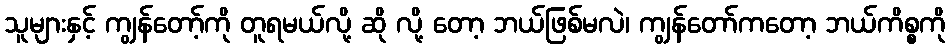
သူများနှင့် ကျွန်တော့်ကို တူရမယ်လို့ ဆို လို့ တော့ ဘယ်ဖြစ်မလဲ၊ ကျွန်တော်ကတော့ ဘယ်ကိစ္စကို